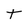
Character: t